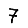
Digit: 7